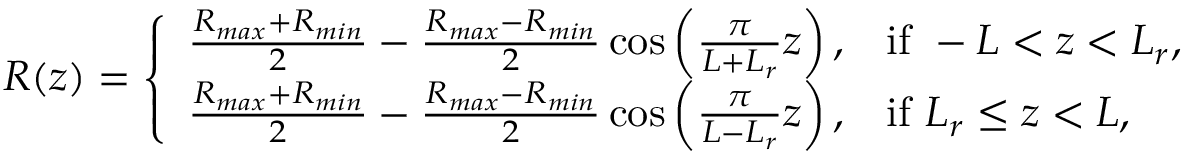
R ( z ) = \left\{ \begin{array} { l l } { \frac { R _ { m a x } + R _ { m i n } } { 2 } - \frac { R _ { m a x } - R _ { m i n } } { 2 } \cos \left( \frac { \pi } { L + L _ { r } } z \right) , } & { \mathrm { i f } \ - L < z < L _ { r } , } \\ { \frac { R _ { m a x } + R _ { m i n } } { 2 } - \frac { R _ { m a x } - R _ { m i n } } { 2 } \cos \left( \frac { \pi } { L - L _ { r } } z \right) , } & { \mathrm { i f } \ L _ { r } \leq z < L , } \end{array} \right.